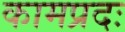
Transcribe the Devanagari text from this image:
कामप्रदः